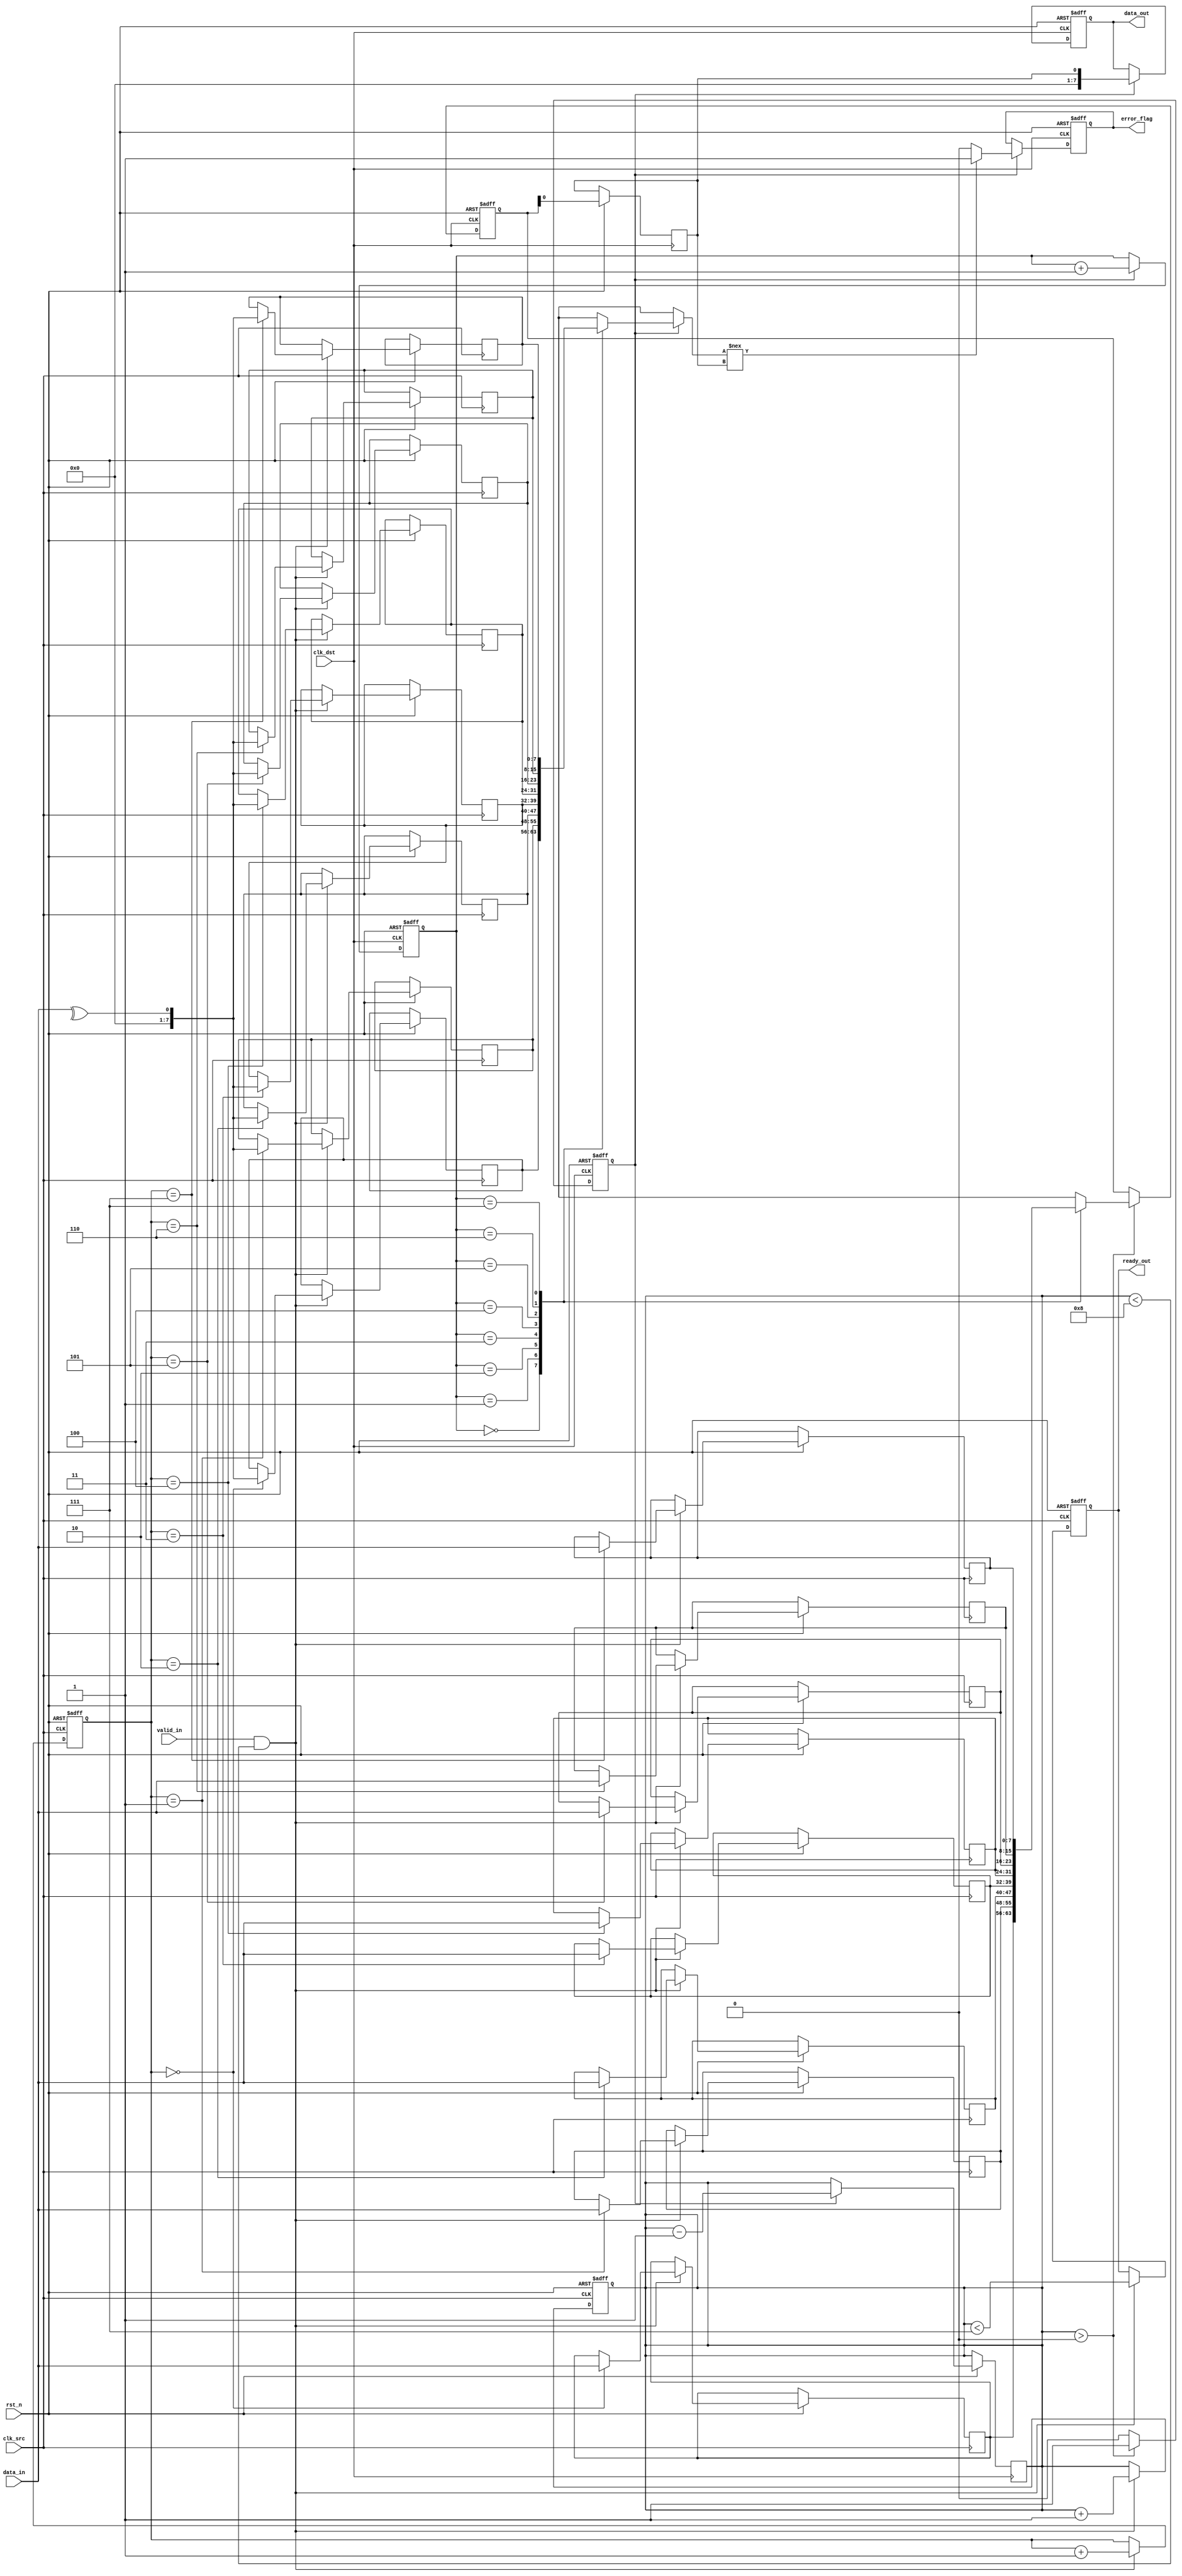
module cdc_memory (
    input wire clk_src,         // Source clock
    input wire clk_dst,         // Destination clock
    input wire rst_n,           // Active low reset
    input wire [7:0] data_in,   // Data input from source clock domain
    input wire valid_in,        // Valid signal for incoming data
    output reg ready_out,       // Ready signal for source clock domain
    output reg [7:0] data_out,  // Data output to destination clock domain
    output reg error_flag       // Error flag for detected errors
);

// Parameters
parameter FIFO_DEPTH = 8;     // Depth of the FIFO buffer
parameter ADDR_WIDTH = 3;      // Address width for FIFO

// FIFO Data Structure
reg [7:0] fifo_data[FIFO_DEPTH-1:0];
reg [ADDR_WIDTH-1:0] w_ptr = 0;
reg [ADDR_WIDTH-1:0] r_ptr = 0;
reg [ADDR_WIDTH:0] fifo_count = 0; // Count of data in FIFO
reg [7:0] fifo_parity[FIFO_DEPTH-1:0]; // Parity storage

// Synchronization flip-flops
reg [7:0] sync_data;
reg sync_valid;
reg sync_data_r1;
reg sync_valid_r1;

// Control signals
reg data_ready; // Indicates data is ready in FIFO

// Asynchronous reset and FIFO write
always @(posedge clk_src or negedge rst_n) begin
    if (!rst_n) begin
        w_ptr <= 0;
        fifo_count <= 0;
        ready_out <= 1; // Initially ready
    end else if (valid_in && fifo_count < FIFO_DEPTH) begin
        fifo_data[w_ptr] <= data_in;
        fifo_parity[w_ptr] <= ^data_in; // Parity generation
        w_ptr <= w_ptr + 1;
        fifo_count <= fifo_count + 1;
        ready_out <= (fifo_count < FIFO_DEPTH - 1); // Signal if FIFO is not full
    end
end

// Synchronization FIFO read
always @(posedge clk_dst or negedge rst_n) begin
    if (!rst_n) begin
        r_ptr <= 0;
        data_out <= 8'h00;
        error_flag <= 0;
        data_ready <= 0;
        sync_data <= 8'h00;
        sync_valid <= 0;
    end else begin
        if (fifo_count > 0) begin
            sync_data <= fifo_data[r_ptr];
            sync_valid <= 1;                  // Indicate data is valid
            data_ready <= 1;                  // Indicate data is ready
        end else begin
            sync_valid <= 0;
            data_ready <= 0;                  // No data in FIFO
        end
        
        // Synchronize the data and valid signal
        sync_data_r1 <= sync_data;
        if (sync_valid) begin
            data_out <= sync_data_r1;
            
            // Check for parity error
            if (fifo_parity[r_ptr] !== ^sync_data_r1) begin
                error_flag <= 1; // Set error if parity doesn't match
            end else begin
                error_flag <= 0; // Clear error if parity matches
            end
            
            r_ptr <= r_ptr + 1;
            fifo_count <= fifo_count - 1;
        end
    end
end

endmodule